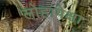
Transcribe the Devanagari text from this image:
लोहापेक्षा